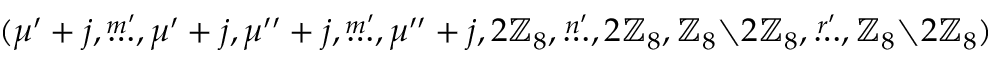
( \mu ^ { \prime } + j , \stackrel { m ^ { \prime } } { \dots } , \mu ^ { \prime } + j , \mu ^ { \prime \prime } + j , \stackrel { m ^ { \prime } } { \dots } , \mu ^ { \prime \prime } + j , 2 \mathbb { Z } _ { 8 } , \stackrel { n ^ { \prime } } { \dots } , 2 \mathbb { Z } _ { 8 } , \mathbb { Z } _ { 8 } { \setminus } 2 \mathbb { Z } _ { 8 } , \stackrel { r ^ { \prime } } { \dots } , \mathbb { Z } _ { 8 } { \setminus } 2 \mathbb { Z } _ { 8 } )